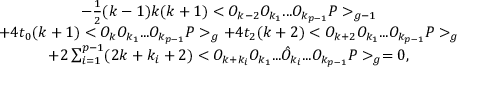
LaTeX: \begin{array} { c } { { - \frac { 1 } { 2 } ( k - 1 ) k ( k + 1 ) < O _ { k - 2 } O _ { k _ { 1 } } . . . O _ { k _ { p - 1 } } P > _ { g - 1 } } } \\ { { + 4 t _ { 0 } ( k + 1 ) < O _ { k } O _ { k _ { 1 } } . . . O _ { k _ { p - 1 } } P > _ { g } + 4 t _ { 2 } ( k + 2 ) < O _ { k + 2 } O _ { k _ { 1 } } . . . O _ { k _ { p - 1 } } P > _ { g } } } \\ { { + 2 \sum _ { i = 1 } ^ { p - 1 } ( 2 k + k _ { i } + 2 ) < O _ { k + k _ { i } } O _ { k _ { 1 } } . . . \hat { O } _ { k _ { i } } . . . O _ { k _ { p - 1 } } P > _ { g } = 0 , } } \end{array}